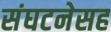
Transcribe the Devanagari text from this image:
संघटनेसह